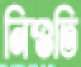
নিশুতি